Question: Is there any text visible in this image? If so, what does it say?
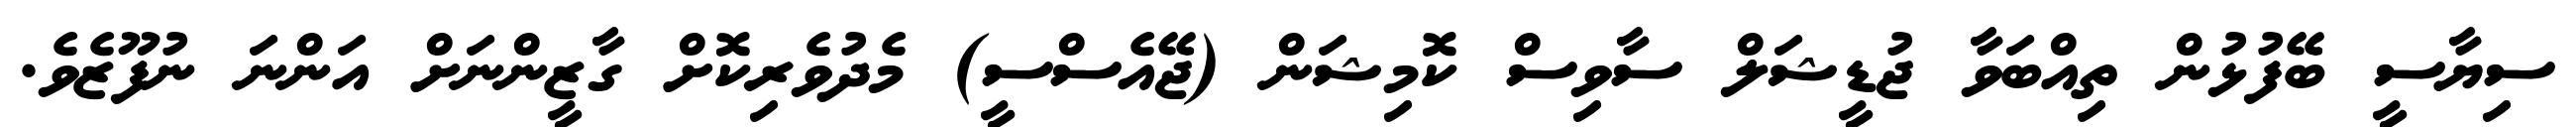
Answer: ސިޔާސީ ބޭފުޅުން ތިއްބަވާ ޖުޑީޝަލް ސާވިސް ކޮމިޝަން (ޖޭއެސްސީ) މެދުވެރިކޮށް ގާޒީންނަށް އަންނަ ނުފޫޒެވެ.